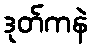
ဒုတ်ကနဲ